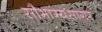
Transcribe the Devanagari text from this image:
सौभाग्यसागर